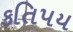
કતિપય